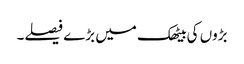
بڑوں کی بیٹھک میں بڑے فیصلے۔